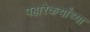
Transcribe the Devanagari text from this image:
पहारेकर्यांच्या